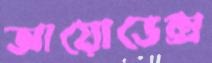
আয়োডেক্স